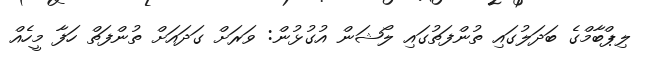
ލިޕްބާމްގެ ބަދަލުގައި ތުންފަތުގައި ލޯޝަން އުގުޅުން: ވަރަށް ގަދައަށް ތުންފަތް ހަފާ މީހެއް